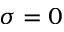
\sigma = 0